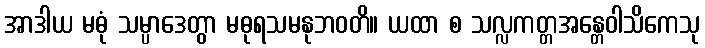
အာဒါယ မဓုံ သမ္ပာဒေတွာ မဓုရသမနုဘဝတိ။ ယထာ စ သလ္လကတ္တအန္တေဝါသိကေသု